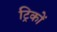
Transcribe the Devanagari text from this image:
ट्रिकों